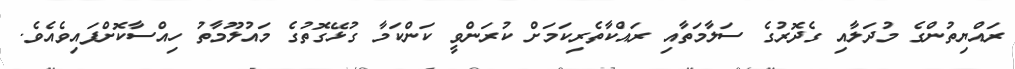
ރައްޔިތުންގެ މުދަލާއި ގެދޮރުގެ ސަލާމަތާއި ރައްކާތެރިކަމަށް ކުރަންވީ ކަންކަމާ ގުޅޭގޮތުގެ މައުލޫމާތު ހިއްސާކޮށްފައިވެއެވެ.